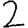
Digit: 2